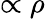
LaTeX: \propto\rho